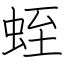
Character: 蛭